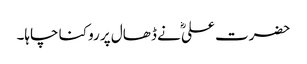
حضرت علیؓ نے ڈھال پر روکنا چاہا۔